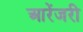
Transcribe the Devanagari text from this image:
आरेंजरी